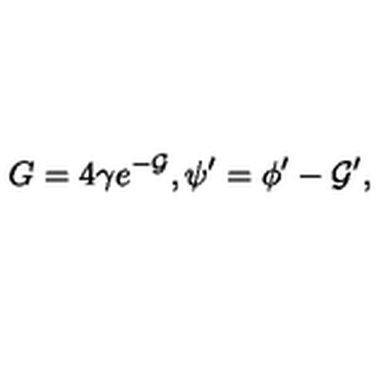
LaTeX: G = 4 \gamma e ^ { - { \cal G } } , \psi ^ { \prime } = \phi ^ { \prime } - { \cal G } ^ { \prime } ,